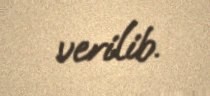
verilib.